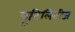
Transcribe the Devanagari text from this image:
यूटिलिटीज